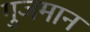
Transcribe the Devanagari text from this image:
गुजमान